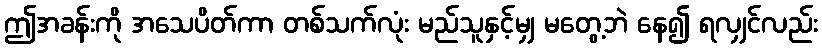
ဤအခန်းကို အသေပိတ်ကာ တစ်သက်လုံး မည်သူနှင့်မျှ မတွေ့ဘဲ နေ၍ ရလျှင်လည်း